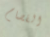
الفصام